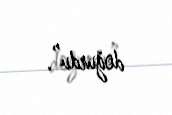
doğurdu”.